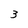
Character: 3